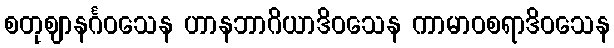
စတုဈာနင်္ဂဝသေန ဟာနဘာဂိယာဒိဝသေန ကာမာဝစရာဒိဝသေန